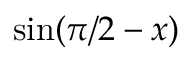
\sin ( \pi / 2 - x )